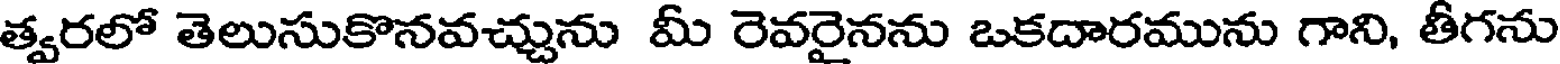
త్వరలో తెలుసుకొనవచ్చును మీ రెవరైనను ఒకదారమును గాని, తీగను